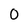
Character: 0